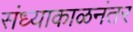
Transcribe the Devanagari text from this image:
संध्याकाळनंतर